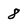
Character: 8